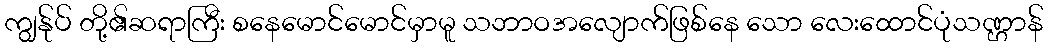
ကျွန်ုပ် တို့၏ဆရာကြီး စနေမောင်မောင်မှာမူ သဘာဝအလျောက်ဖြစ်နေ သော လေးထောင်ပုံသဏ္ဌာန်